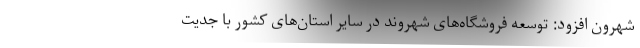
شهرون افزود: توسعه فروشگاه‌های شهروند در سایر استان‌های کشور با جدیت